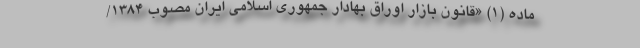
ماده (۱) «قانون بازار اوراق بهادار جمهوری اسلامی ایران مصوب ۱۳۸۴/